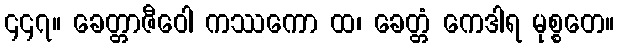
၄၄၇။ ခေတ္တာဇီဝေါ ကဿကော ထ၊ ခေတ္တံ ကေဒါရ မုစ္စတေ။